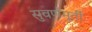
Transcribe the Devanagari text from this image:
सुवर्णमूर्ती